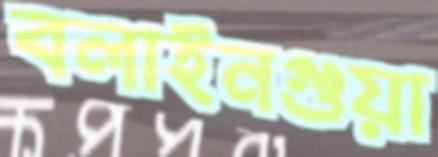
বলাইনগুয়া